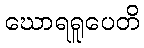
ဃောရရူပေတိ